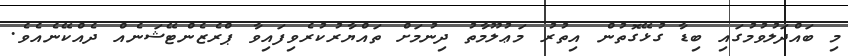
މި ބައްދަލުވުމުގައި ބިޑާ ގުޅޭގޮތުން އިތުރު މަޢުލޫމާތު ދިނުމަށް ތައްޔާރުކުރެވިފައިވާ ޕްރެޒެންޓޭޝަނެއް ދެއްކޭނެއެވެ.